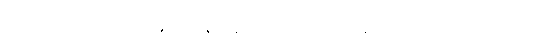
မြန်မာလူမျိုးအကြောင်းမှာပဲ မြန်မာ့နည်းအရဖြစ်သော ဆိုရှယ်လစ်ဝါဒ အခြေခံသည့်